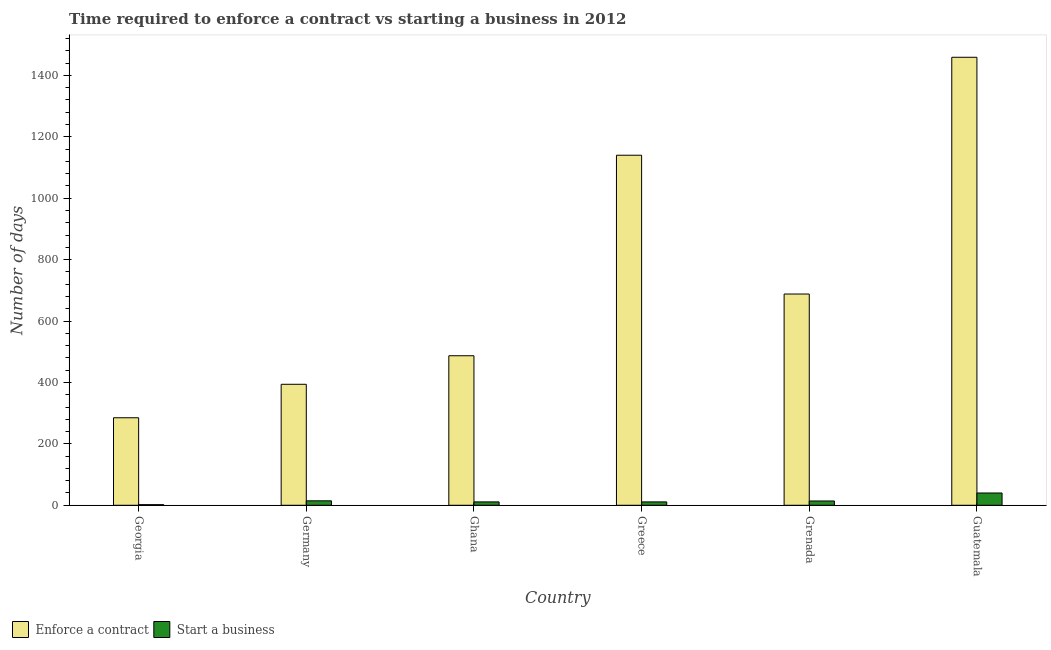
| Country | Enforce a contract | Start a business |
 | --- | --- | --- |
 | Georgia | 285 | 2 |
 | Germany | 394 | 14.5 |
 | Ghana | 487 | 11 |
 | Greece | 1.14e+03 | 11 |
 | Grenada | 688 | 14 |
 | Guatemala | 1.46e+03 | 40 |